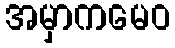
အမှာကမေဝ